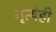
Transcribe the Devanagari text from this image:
नृत्येही